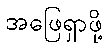
အဖြေရှာဖို့